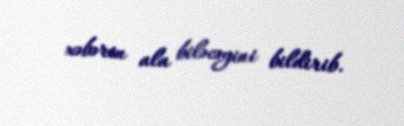
xəbərin ala biləcəyini bildirib.